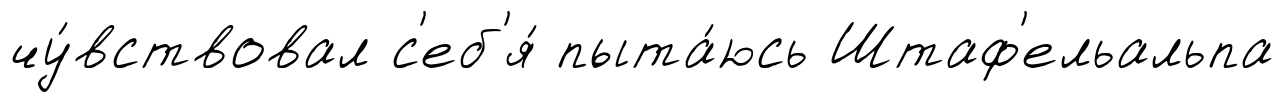
чу́вствовал с'еб'я́ пыта́юсь Штаф'ельальпа